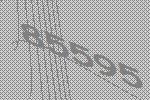
85595